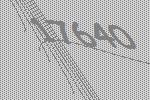
17640